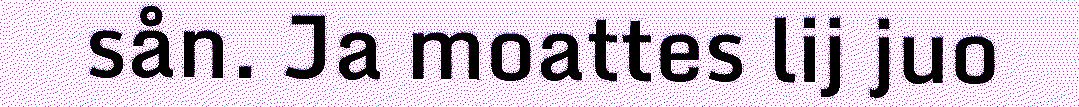
sån. Ja moattes lij juo